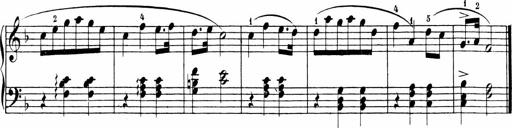
Title: Sonatinen Op.47, 98 und 136, nebst 6 Liedersonatinen
Composer: Carl Reinecke